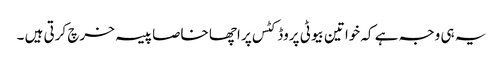
یہ ہی وجہ ہے کہ خواتین بیوٹی پروڈکٹس پر اچھا خاصا پیسہ خرچ کرتی ہیں ۔